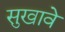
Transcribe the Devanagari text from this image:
सुखावे